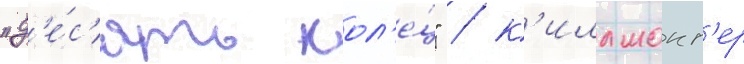
"д'е́с'ять кол'е́ц" / к'иллмонг'ер